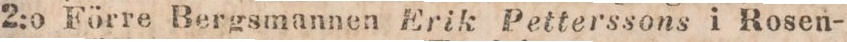
2:o Förre Bergsmannen Erik Petterssons i Rosen-